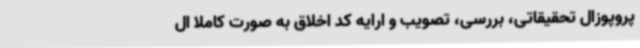
پروپوزال تحقیقاتی، بررسی، تصویب و ارایه کد اخلاق به صورت کاملا ال